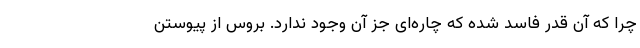
چرا که آن قدر فاسد شده که چاره‌ای جز آن وجود ندارد. بروس از پیوستن